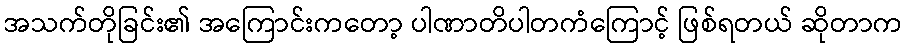
အသက်တိုခြင်း၏ အကြောင်းကတော့ ပါဏာတိပါတကံကြောင့် ဖြစ်ရတယ် ဆိုတာက